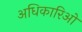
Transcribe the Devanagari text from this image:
अधिकारिओ